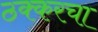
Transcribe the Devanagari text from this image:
ठक्करचा